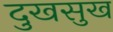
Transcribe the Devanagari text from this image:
दुखसुख